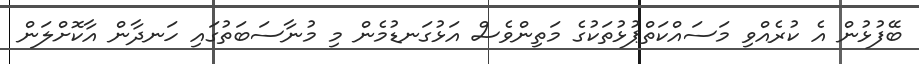
ބޭފުޅުން އެ ކުރެއްވި މަސައްކަތްޕުޅުތަކުގެ މަތިންވެސް އަޅުގަނޑުމެން މި މުނާސަބަތުގައި ހަނދާން އާކޮށްލަން